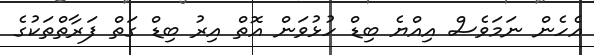
އެހެން ނަމަވެސް އިއްޔެ ބިޑް ހުޅުވަން އޮތް އިރު ބިޑް ގަތް ފަރާތްތަކުގެ